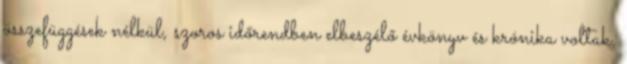
összefüggések nélkül, szoros időrendben elbeszélő évkönyv és krónika voltak.